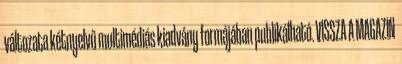
változata kétnyelvű multimédiás kiadvány formájában publikálható. VISSZA A MAGAZIN